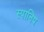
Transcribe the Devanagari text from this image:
स्पानिष